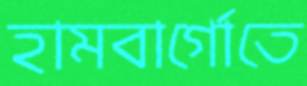
হামবার্গোতে